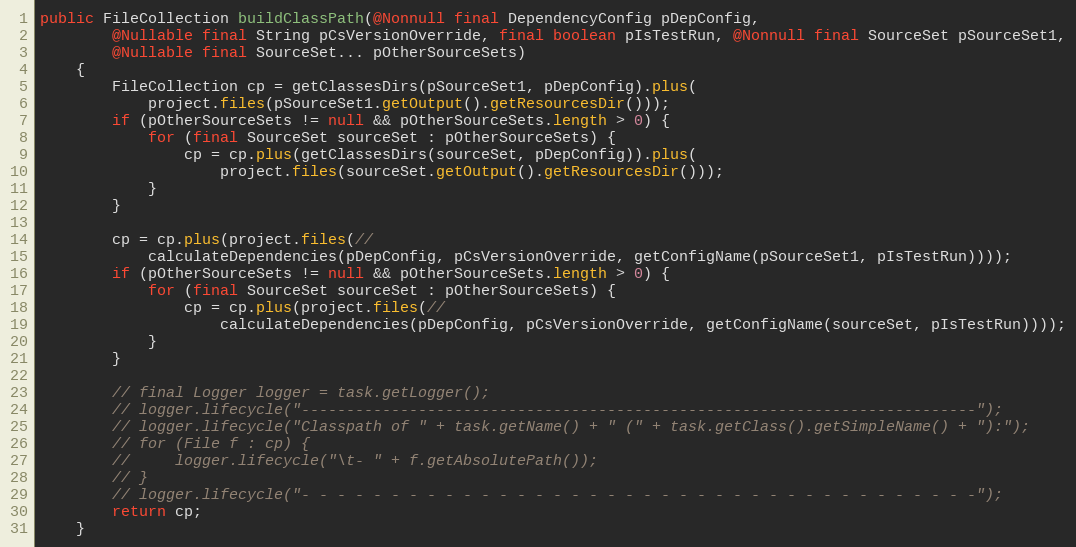
Language: Java
public FileCollection buildClassPath(@Nonnull final DependencyConfig pDepConfig,
        @Nullable final String pCsVersionOverride, final boolean pIsTestRun, @Nonnull final SourceSet pSourceSet1,
        @Nullable final SourceSet... pOtherSourceSets)
    {
        FileCollection cp = getClassesDirs(pSourceSet1, pDepConfig).plus(
            project.files(pSourceSet1.getOutput().getResourcesDir()));
        if (pOtherSourceSets != null && pOtherSourceSets.length > 0) {
            for (final SourceSet sourceSet : pOtherSourceSets) {
                cp = cp.plus(getClassesDirs(sourceSet, pDepConfig)).plus(
                    project.files(sourceSet.getOutput().getResourcesDir()));
            }
        }

        cp = cp.plus(project.files(//
            calculateDependencies(pDepConfig, pCsVersionOverride, getConfigName(pSourceSet1, pIsTestRun))));
        if (pOtherSourceSets != null && pOtherSourceSets.length > 0) {
            for (final SourceSet sourceSet : pOtherSourceSets) {
                cp = cp.plus(project.files(//
                    calculateDependencies(pDepConfig, pCsVersionOverride, getConfigName(sourceSet, pIsTestRun))));
            }
        }

        // final Logger logger = task.getLogger();
        // logger.lifecycle("---------------------------------------------------------------------------");
        // logger.lifecycle("Classpath of " + task.getName() + " (" + task.getClass().getSimpleName() + "):");
        // for (File f : cp) {
        //     logger.lifecycle("\t- " + f.getAbsolutePath());
        // }
        // logger.lifecycle("- - - - - - - - - - - - - - - - - - - - - - - - - - - - - - - - - - - - - -");
        return cp;
    }